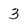
Character: 3